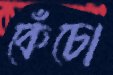
কেঁচো